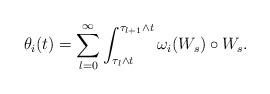
LaTeX: \begin{align*}\theta_{i}(t)=\sum_{l=0}^{\infty}\int_{\tau_{l}\wedge t}^{\tau_{l+1}\wedge t}\omega_{i}(W_{s})\circ W_{s}.\end{align*}